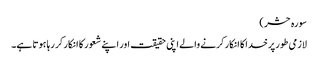
سورہ حشر )
لازمی طور پر خدا کا انکار کرنے والے اپنی حقیقت اور اپنے شعور کا انکار کر رہا ہوتا ہے۔